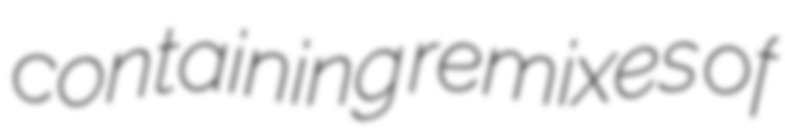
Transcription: containing remixes of